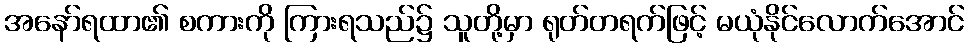
အနော်ရထာ၏ စကားကို ကြားရသည်၌ သူတို့မှာ ရုတ်တရက်ဖြင့် မယုံနိုင်လောက်အောင်